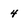
Character: 4